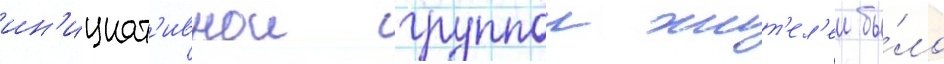
ин'ициат'ивнои группои жит'ел'еи бы́ло